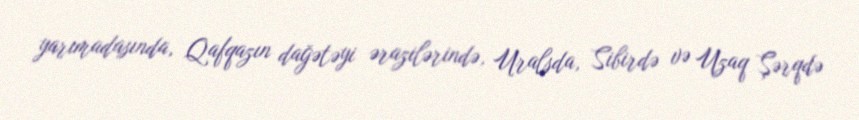
yarımadasında, Qafqazın dağətəyi ərazilərində, Uralsda, Sibirdə və Uzaq Şərqdə